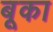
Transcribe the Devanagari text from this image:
बूका